Memorandum on the prevention of leprosy by segregation of the affected
Disease focus: Leprosy
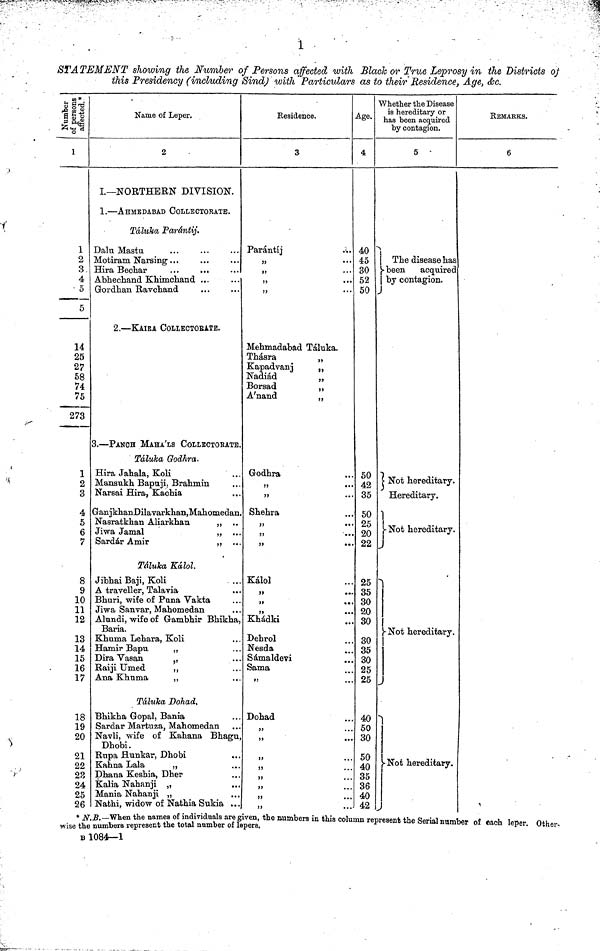
1
STATEMENT showing the Number of Persons affected with Blade or True Leprosy in the Districts of
this Presidency (including Sind) with Particulars as to their Residence, Age, &c.
affected.
1
1
2
3.
4
• 5
5
14
25
27
58
74
75
273
1
2
3
4
5
6
7
8
9
10
11
12
13
14
15
16
17
18
19
20
21
22
23
24
25
26
Name of Leper.
2
I— NORTHERN DIVISION.
1. — AhMEDABAD COLLECTORATE.
Táluka Parántij.
Dalu Mastu.
Motiram Narsing . . .
Hira Bechar
...
...
Abhechand Khimchand ...
Gordhan Ravchand
2. — KAIRA COLLECTORATE.
3. — PANCH MAHA'LS COLLECTOBATE.
Táluka Godhra.
Hira Jahala, Koli
Mansnkh Bapuji : Brahmin
Narsai Hira, Kachia
Ganjkhan Dilavarkhan,Mahomedan.
Nasratkhan Aliarkhan
" ..
Jiwa Jamal
„ ...
Sardar Amir
„ ...
Táluka Kálol.
Jibhai Baji, Koli
A traveller, Talavia
Bhuri, wife of Puna Vakta
Jiwa Sanvar, Mahomedan
Alundi, wife of Gambhir Bhikha,
Baria.
Khnma Lebara, Koli
Hamir Bapu
„
Dira Vasan
"
Raiji
Umed
"
Ana Khuma
„
Táluca Dohad,
Bhikha Gopal, Bania
Sardar Martuza, Mahomedan
Navli, wife of Kahana Bhagu,
Dhobi.
Rupa Hunkar, Dhobi
Kahna Lala
„
Dhana Keshia, Dher
Kalia Nahanji „
Mania Nahanji „
Nathi, widow of Nathia Sukia . . .
Residence,
3
Parántij
"
...
"
"
"
Mehmadabad Táluka.
Thásra
„
Kapadvanj
„
Nadiad
„
Borsad
"
A'nand
„
Godhra
"
•••
"
..
Shehra
"
99
••
"
Kálol
"
"
Khádki
Dehrol
Nesda
Sámaldevi
Sanaa
"
Dohad
"
"
"
"
"
"
"
"
Age.
4
40
45
30
52
50
50
42
35
50
25
20
22
25
35
30
20
30
30
35
30
25
25
40
50
30
50
40
35
36
40
42
Whether the Disease
is hereditary or
has been acquired
by contagion.
5
The disease has
been
acquired
by contagion.
Not hereditary.
Hereditary.
1
Not hereditary.
I
-Not hereditary.
Not hereditary.
i
REMARKS.
6
* N.B.-When the names of individuals are given, the numbers in this column represent the Serial number of each leper Other
wise the numbers represent the total number of
lepers.
B 1084—1